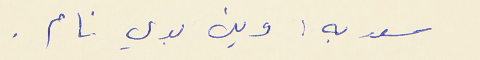
سعديه : وين بدي نام .